Vaccination North-Western Provinces 1866-1877 - 1866-1877
Year: 1866
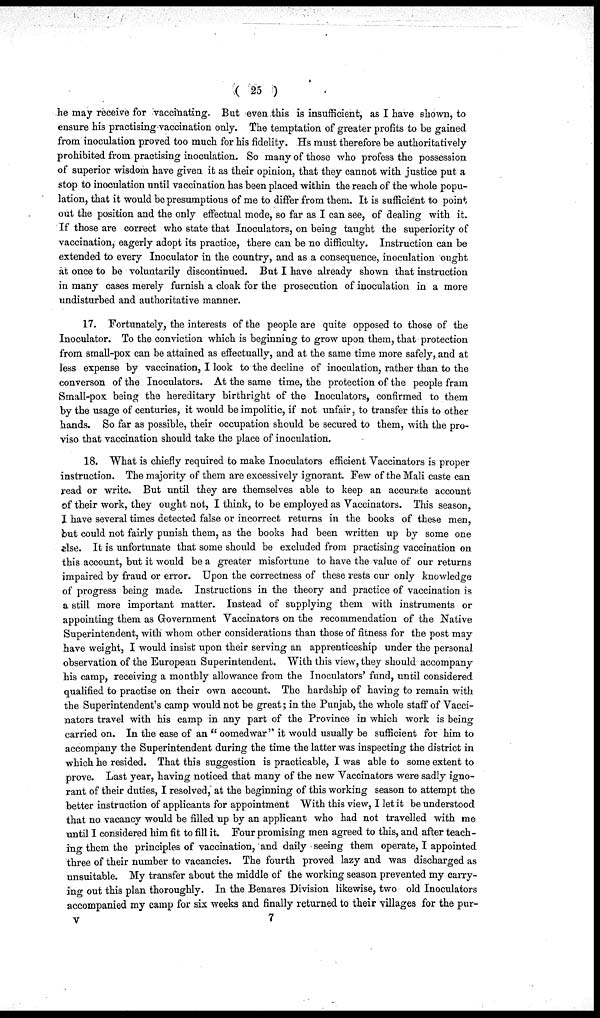
( 25 )
he may receive for vaccinating. But even this is insufficient, as I have shown, to
ensure his practising vaccination only. The temptation of greater profits to be gained
from inoculation proved too much for his fidelity. Hs must therefore be authoritatively
prohibited from practising inoculation. So many of those who profess the possession
of superior wisdom have given it as their opinion, that they cannot with justice put a
stop to inoculation until vaccination has been placed within the reach of the whole popu-
lation, that it would be presumptious of me to differ from them. It is sufficient to point
out the position and the only effectual mode, so far as I can see, of dealing with it.
If those are correct who state that Inoculators, on being taught the superiority of
vaccination, eagerly adopt its practice, there can be no difficulty. Instruction can be
extended to every Inoculator in the country, and as a consequence, inoculation ought
at once to be voluntarily discontinued. But I have already shown that instruction
in many cases merely furnish a cloak for the prosecution of inoculation in a more
undisturbed and authoritative manner.
17. Fortunately, the interests of the people are quite opposed to those of the
Inoculator. To the conviction which is beginning to grow upon them, that protection
from small-pox can be attained as effectually, and at the same time more safely, and at
less expense by vaccination, I look to the decline of inoculation, rather than to the
converson of the Inoculators. At the same time, the protection of the people fram
Small-pox being the hereditary birthright of the Inoculators, confirmed to them
by the usage of centuries, it would be impolitic, if not unfair, to transfer this to other
hands. So far as possible, their occupation should be secured to them, with the pro-
viso that vaccination should take the place of inoculation.
18. What is chiefly required to make Inoculators efficient Vaccinators is proper
instruction. The majority of them are excessively ignorant. Few of the Mali caste can
read or write. But until they are themselves able to keep an accurate account
of their work, they ought not, I think, to be employed as Vaccinators. This season,
I have several times detected false or incorrect returns in the books of these men,
but could not fairly punish them, as the books had been written up by some one
else. It is unfortunate that some should be excluded from practising vaccination on
this account, but it would be a greater misfortune to have the value of our returns
impaired by fraud or error. Upon the correctness of these rests our only knowledge
of progress being made. Instructions in the theory and practice of vaccination is
a still more important matter. Instead of supplying them with instruments or
appointing them as Government Vaccinators on the recommendation of the Native
Superintendent, with whom other considerations than those of fitness for the post may
have weight, I would insist upon their serving an apprenticeship under the personal
observation of the European Superintendent. With this view, they should accompany
his camp, receiving a monthly allowance from the Inoculators' fund, until considered
qualified to practise on their own account. The hardship of having to remain with
the Superintendent's camp would not be great; in the Punjab, the whole staff of Vacci-
nators travel with his camp in any part of the Province in which work is being
carried on. In the case of an " oomedwar" it would usually be sufficient for him to
accompany the Superintendent during the time the latter was inspecting the district in
which he resided. That this suggestion is practicable, I was able to some extent to
prove. Last year, having noticed that many of the new Vaccinators were sadly igno-
rant of their duties, I resolved, at the beginning of this working season to attempt the
better instruction of applicants for appointment With this view, I let it be understood
that no vacancy would be filled up by an applicant who had not travelled with me
until I considered him fit to fill it. Four promising men agreed to this, and after teach-
ing them the principles of vaccination, and daily seeing them operate, I appointed
three of their number to vacancies. The fourth proved lazy and was discharged as
unsuitable. My transfer about the middle of the working season prevented my carry-
ing out this plan thoroughly. In the Benares Division likewise, two old Inoculators
accompanied my camp for six weeks and finally returned to their villages for the pur-
V
7